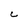
Character: C